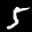
Label: 5